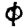
Digit: 0